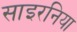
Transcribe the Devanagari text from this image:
साइरनिया